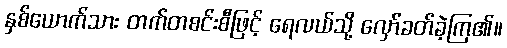
နှစ်ယောက်သား တက်တစင်းစီဖြင့် ရေလယ်သို့ လှော်ခတ်ခဲ့ကြ၏။